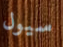
سيول